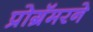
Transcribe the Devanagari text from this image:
प्रोग्रॅमरने